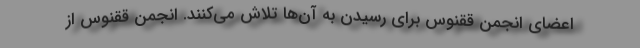
اعضای انجمن ققنوس برای رسیدن به آن‌ها تلاش می‌کنند. انجمن ققنوس از